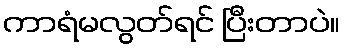
ကာရံမလွတ်ရင် ပြီးတာပဲ။